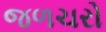
જળચરો